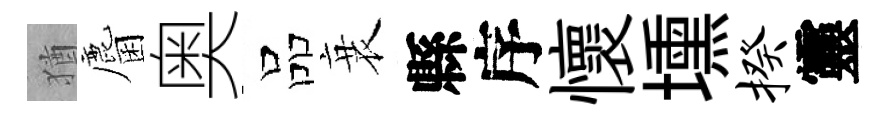
猶麕奥品衰縣序懷壎揆靈